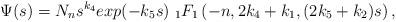
LaTeX: \begin{align*}\Psi(s)=N_ns^{k_4}exp(-k_5s)\ _1F_1\left(-n,2k_4+k_1, (2k_5+k_2)s\right),\end{align*}